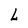
Character: L